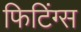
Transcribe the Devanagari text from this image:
फिटिंग्स